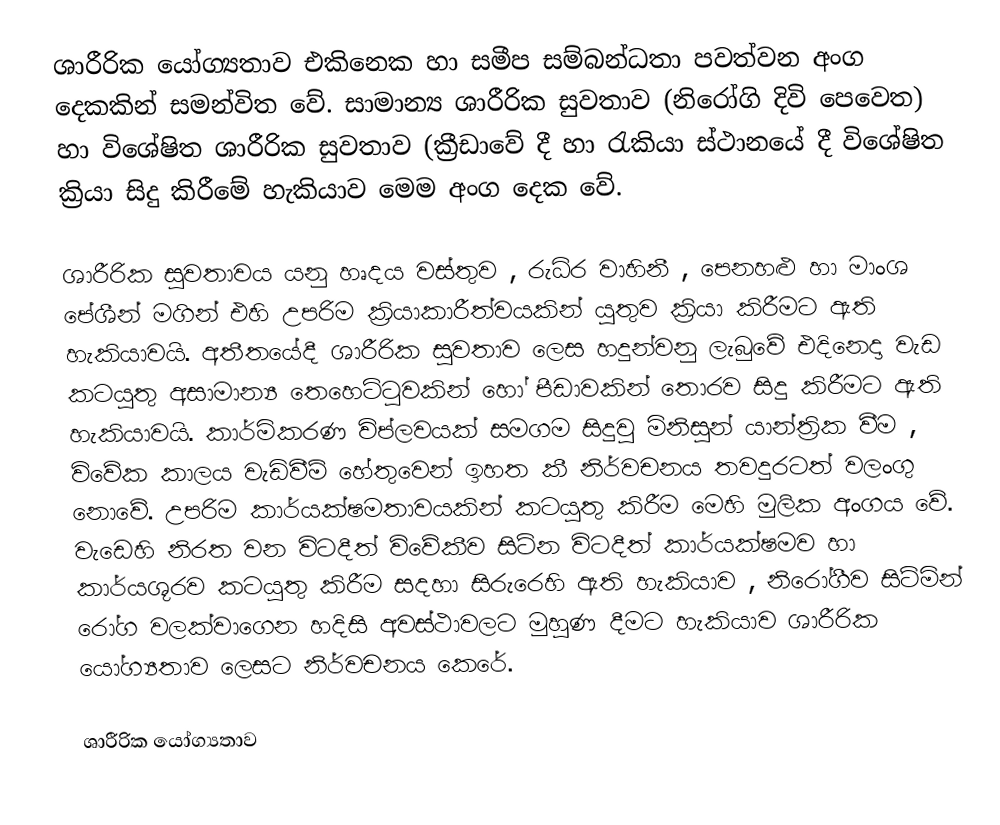
ශාරීරික යෝග්‍යතාව එකිනෙක හා සමීප සම්බන්ධතා පවත්වන අංග දෙකකින් සමන්විත වේ. සාමාන්‍ය ශාරීරික සුවතාව (නිරෝගි දිවි පෙවෙත) හා විශේෂිත ශාරීරික සුවතාව (ක්‍රීඩාවේ දී හා රැකියා ස්ථානයේ දී විශේෂිත ක්‍රියා සිදු කිරීමේ හැකියාව මෙම අංග දෙක වේ.

ශාරීරික සුවතාවය යනු හෘදය වස්තුව , රුධිර වාහිනී , පෙනහළු හා මාංශ පේශීන් මගින් එහි උපරිම ක්‍රියාකාරීත්වයකින් යුතුව ක්‍රියා කිරීමට ඇති හැකියාවයි. අතීතයේදී ශාරීරික සුවතාව ලෙස හදුන්වනු ලැබුවේ එදිනෙදා වැඩ කටයුතු අසාමාන්‍ය තෙහෙට්ටුවකින් හෝ පීඩාවකින් තොරව සිදු කිරීමට ඇති හැකියාවයි. කාර්මිකරණ විප්ලවයක් සමගම සිදුවු මිනිසුන් යාන්ත්‍රික වීම , විවේක කාලය වැඩිවීම් හේතුවෙන් ඉහත කී නිර්වචනය තවදුරටත් වලංගු නොවේ. උපරිම කාර්යක්ෂමතාවයකින් කටයුතු කිරීම මෙහි මුලික අංගය වේ. වැඩෙහි නිරත වන විටදීත් විවේකීව සිටින විටදීත් කාර්යක්ෂමව හා කාර්යශූරව කටයුතු කිරීම සදහා සිරුරෙහි ඇති හැකියාව , නිරෝගීව සිටිමින් රෝග වලක්වාගෙන හදිසි අවස්ථාවලට මුහුණ දීමට හැකියාව ශාරීරික යෝග්‍යතාව ලෙසට නිර්වචනය කෙරේ.

ශාරීරික යෝග්‍යතාව